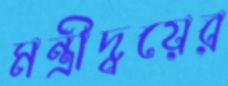
মন্ত্রীদ্বয়ের